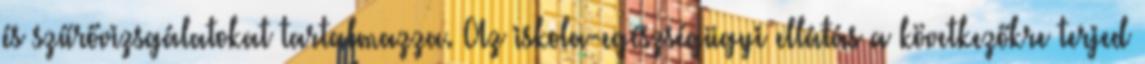
és szűrővizsgálatokat tartalmazza. Az iskola-egészségügyi ellátás a következőkre terjed